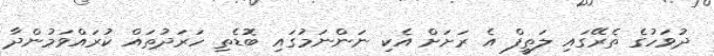
ދުވަހުގެ ތެރޭގައި ލަތީފް އެ ރަށަށް އެކި ނަންނަމުގައި ބޮޑެތި ހަރަދުތައް ކުރައްވަމުންދާ